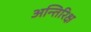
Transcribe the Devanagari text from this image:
अन्तिरिक्ष